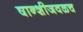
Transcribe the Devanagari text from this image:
षान्शीजवळच